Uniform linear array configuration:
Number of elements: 12
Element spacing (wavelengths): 0.75
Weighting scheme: uniform
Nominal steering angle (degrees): -30
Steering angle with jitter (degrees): -29.315
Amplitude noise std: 0.05
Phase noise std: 0.05

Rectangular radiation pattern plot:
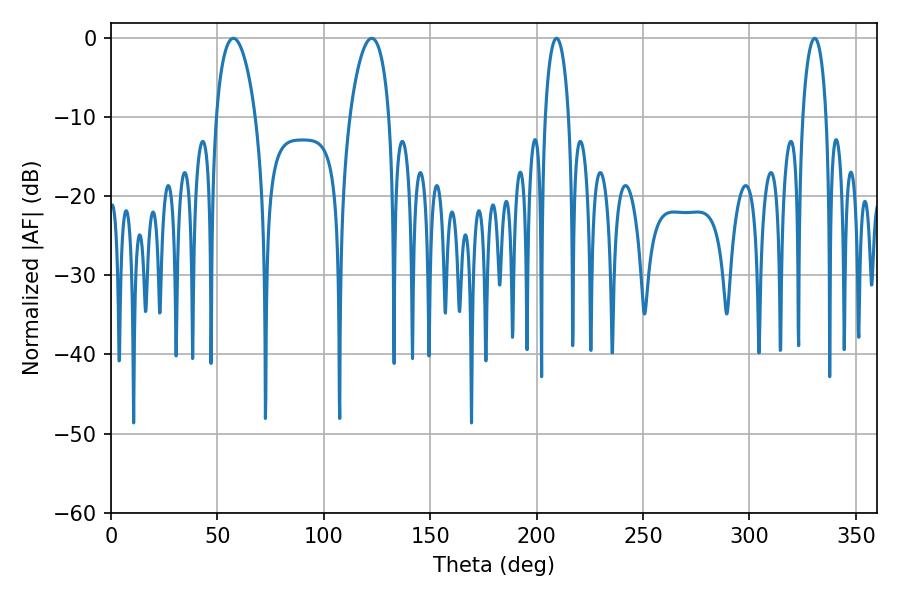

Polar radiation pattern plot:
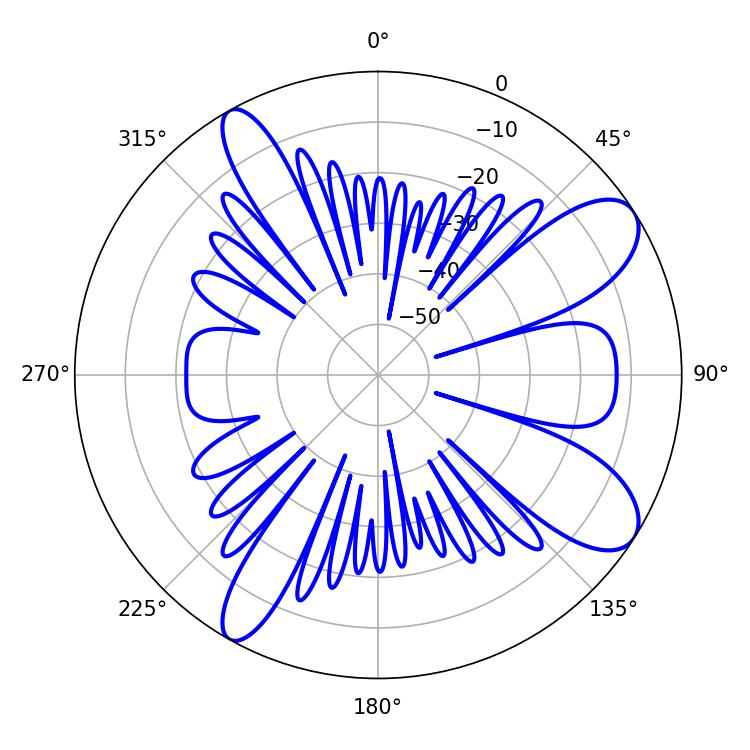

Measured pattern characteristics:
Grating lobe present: TRUE
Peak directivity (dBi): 9.502
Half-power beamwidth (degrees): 6.3
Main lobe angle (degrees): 209.34